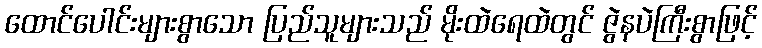
ထောင်ပေါင်းများစွာသော ပြည်သူများသည် မိုးထဲရေထဲတွင် ဇွဲနပဲကြီးစွာဖြင့်